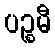
ပဉ္စမီ